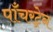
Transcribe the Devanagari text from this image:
पाँचरट्रेन